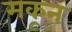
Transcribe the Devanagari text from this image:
मकून